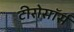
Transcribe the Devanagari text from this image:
टीरोसॉर्स